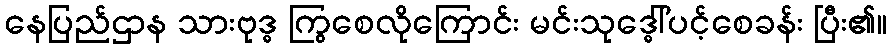
နေပြည်ဌာန သားဗုဒ္ဓ ကြွစေလိုကြောင်း မင်းသုဒ္ဓေါ်ပင့်စေခန်း ပြီး၏။